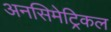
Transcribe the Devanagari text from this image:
अनसिमेट्रिकल